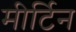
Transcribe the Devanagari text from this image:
मीर्टिन